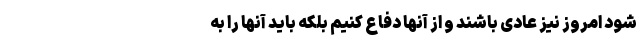
شود امروز نیز عادی باشند و از آنها دفاع کنیم بلکه باید آنها را به